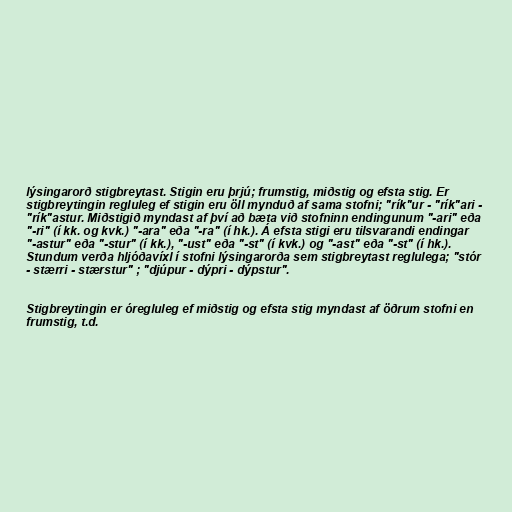
lýsingarorð stigbreytast. Stigin eru þrjú; frumstig, miðstig og efsta stig. Er
stigbreytingin regluleg ef stigin eru öll mynduð af sama stofni; "rík"ur - "rík"ari -
"rík"astur. Miðstigið myndast af því að bæta við stofninn endingunum "-ari" eða
"-ri" (í kk. og kvk.) "-ara" eða "-ra" (í hk.). Á efsta stigi eru tilsvarandi endingar
"-astur" eða "-stur" (í kk.), "-ust" eða "-st" (í kvk.) og "-ast" eða "-st" (í hk.).
Stundum verða hljóðavíxl í stofni lýsingarorða sem stigbreytast reglulega; "stór
- stærri - stærstur" ; "djúpur - dýpri - dýpstur".

Stigbreytingin er óregluleg ef miðstig og efsta stig myndast af öðrum stofni en
frumstig, t.d.